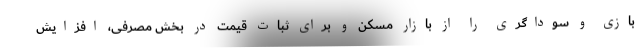
بازی و سوداگری را از بازار مسکن و برای ثبات قیمت در بخش مصرفی، افزایش